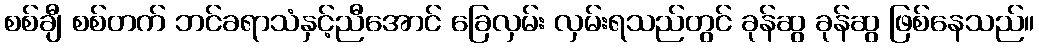
စစ်ချီ စစ်တက် ဘင်ခရာသံနှင့်ညီအောင် ခြေလှမ်း လှမ်းရသည်တွင် ခုန်ဆွ ခုန်ဆွ ဖြစ်နေသည်။